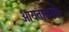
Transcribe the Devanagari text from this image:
आयताकार।